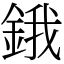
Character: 鋨